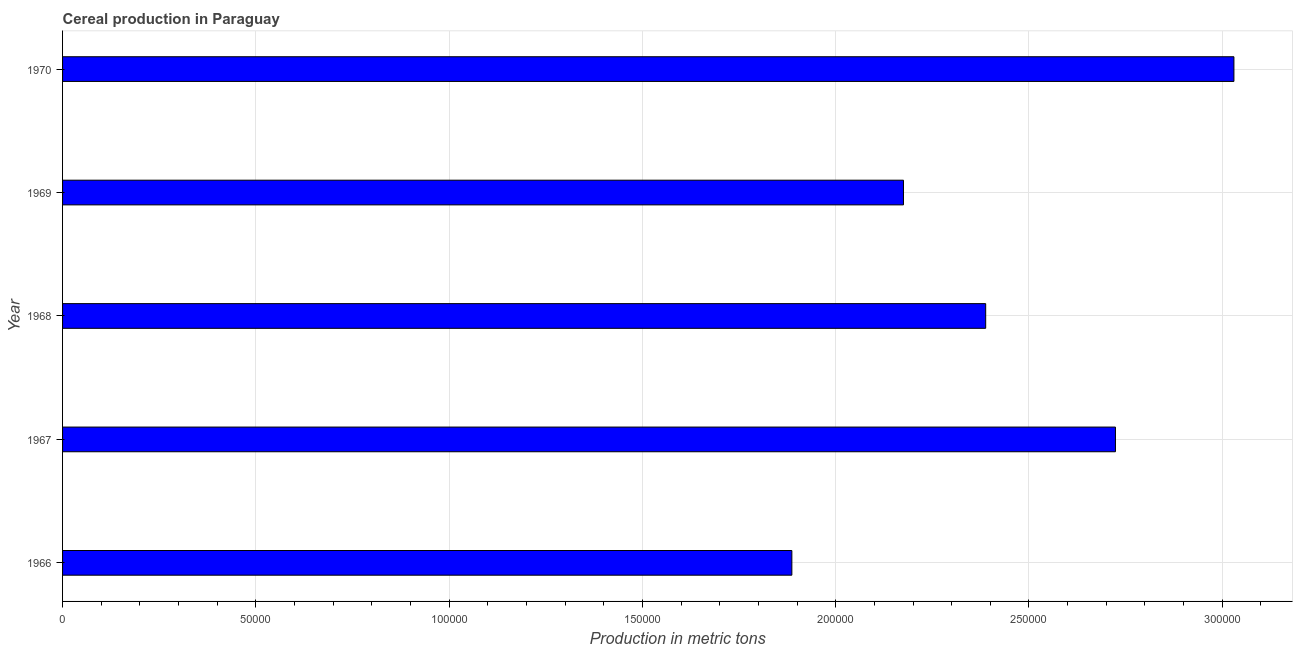
| Year | Cereal production |
 | --- | --- |
 | 1966 | 1.89e+05 |
 | 1967 | 2.72e+05 |
 | 1968 | 2.39e+05 |
 | 1969 | 2.18e+05 |
 | 1970 | 3.03e+05 |